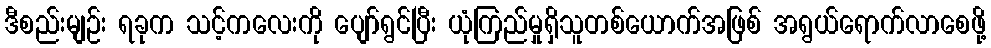
ဒီစည်းမျဉ်း ရခုက သင့်ကလေးကို ပျော်ရွင်ပြီး ယုံကြည်မှုရှိသူတစ်ယောက်အဖြစ် အရွယ်ရောက်လာစေဖို့